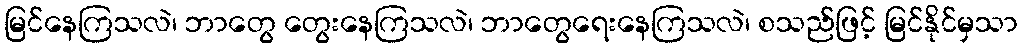
မြင်နေကြသလဲ၊ ဘာတွေ တွေးနေကြသလဲ၊ ဘာတွေရေးနေကြသလဲ၊ စသည်ဖြင့် မြင်နိုင်မှသာ